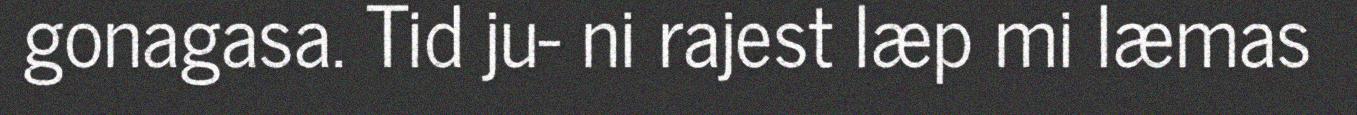
gonagasa. Tid ju- ni rajest læp mi læmas